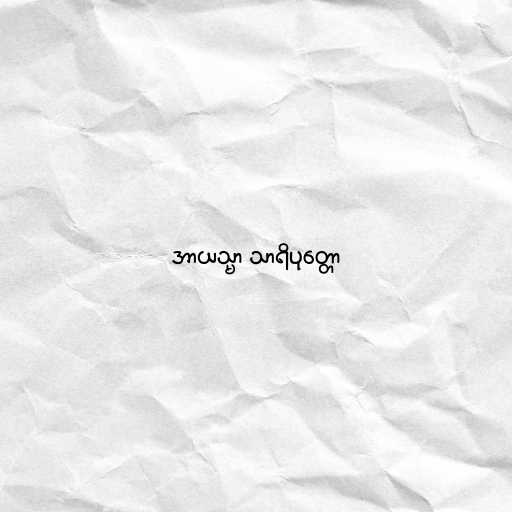
အာယသ္မာ သာရိပုတ္တော